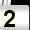
Digit: 2